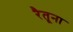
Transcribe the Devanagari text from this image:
रैतूना